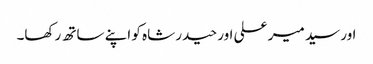
اور سید میر علی اور حیدر شاہ کو اپنے ساتھ رکھا۔